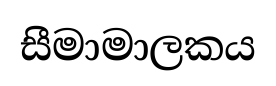
සීමාමාලකය